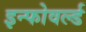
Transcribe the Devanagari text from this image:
इन्फोवर्ल्ड